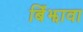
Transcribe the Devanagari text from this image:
बिँझावा